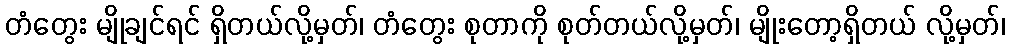
တံတွေး မျိုချင်ရင် ရှိတယ်လို့မှတ်၊ တံတွေး စုတာကို စုတ်တယ်လို့မှတ်၊ မျိုးတော့ရှိတယ် လို့မှတ်၊